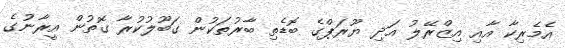
އެމެރިކާ އާއި އިޒްރޭލު އަދި ޔޫރަޕްގެ ބޮޑެތި ބާރުތަކުން ގަބޫލުކުރާ ގޮތުން އީރާނުގެ